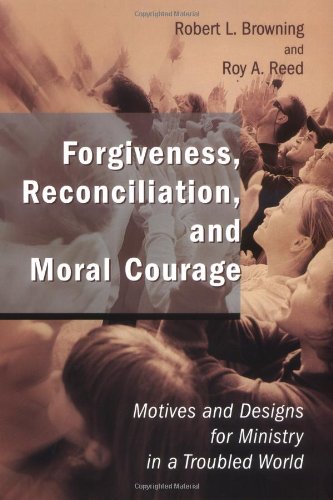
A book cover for Forgiveness, Reconciliation, and Moral Courage: Motives and Designs for Ministry in a Troubled World (Studies in Practical Theology); Mr. Robert L. Browning; Christian Books & Bibles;